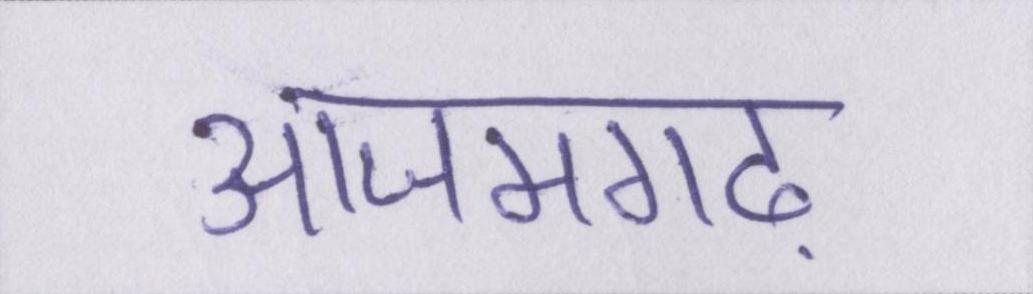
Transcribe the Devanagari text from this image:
आजमगढ़